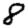
Digit: 8